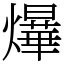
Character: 爗